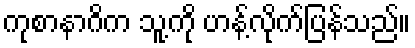
ကုစာနာဂိက သူ့ကို ဟန့်လိုက်ပြန်သည်။